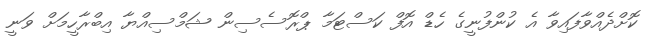
ކޮށްދެއްވާފައިވާ އެ ކުންފުނީގެ ހެޑް އޮފް ކަސްޓަމާ ޕްރޮސެސިން ޝަމްސިއްޔާ އިބްރާހީމަށް ވަނީ